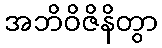
အဘိဝိဇိနိတွာ